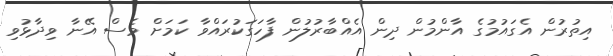
އިތުރުން އެގައުމުގެ އާންމުން ދިން އެއްބާރުލުން ފާހަގަކުރައްވާ ކަމަށް ވެސް އޭނާ ވިދާޅުވި